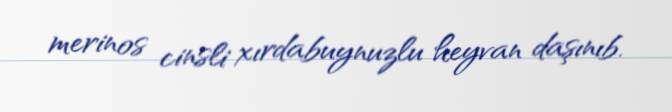
merinos cinsli xırdabuynuzlu heyvan daşınıb.